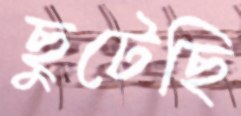
ছুটেছি